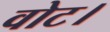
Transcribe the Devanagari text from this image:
वोट।